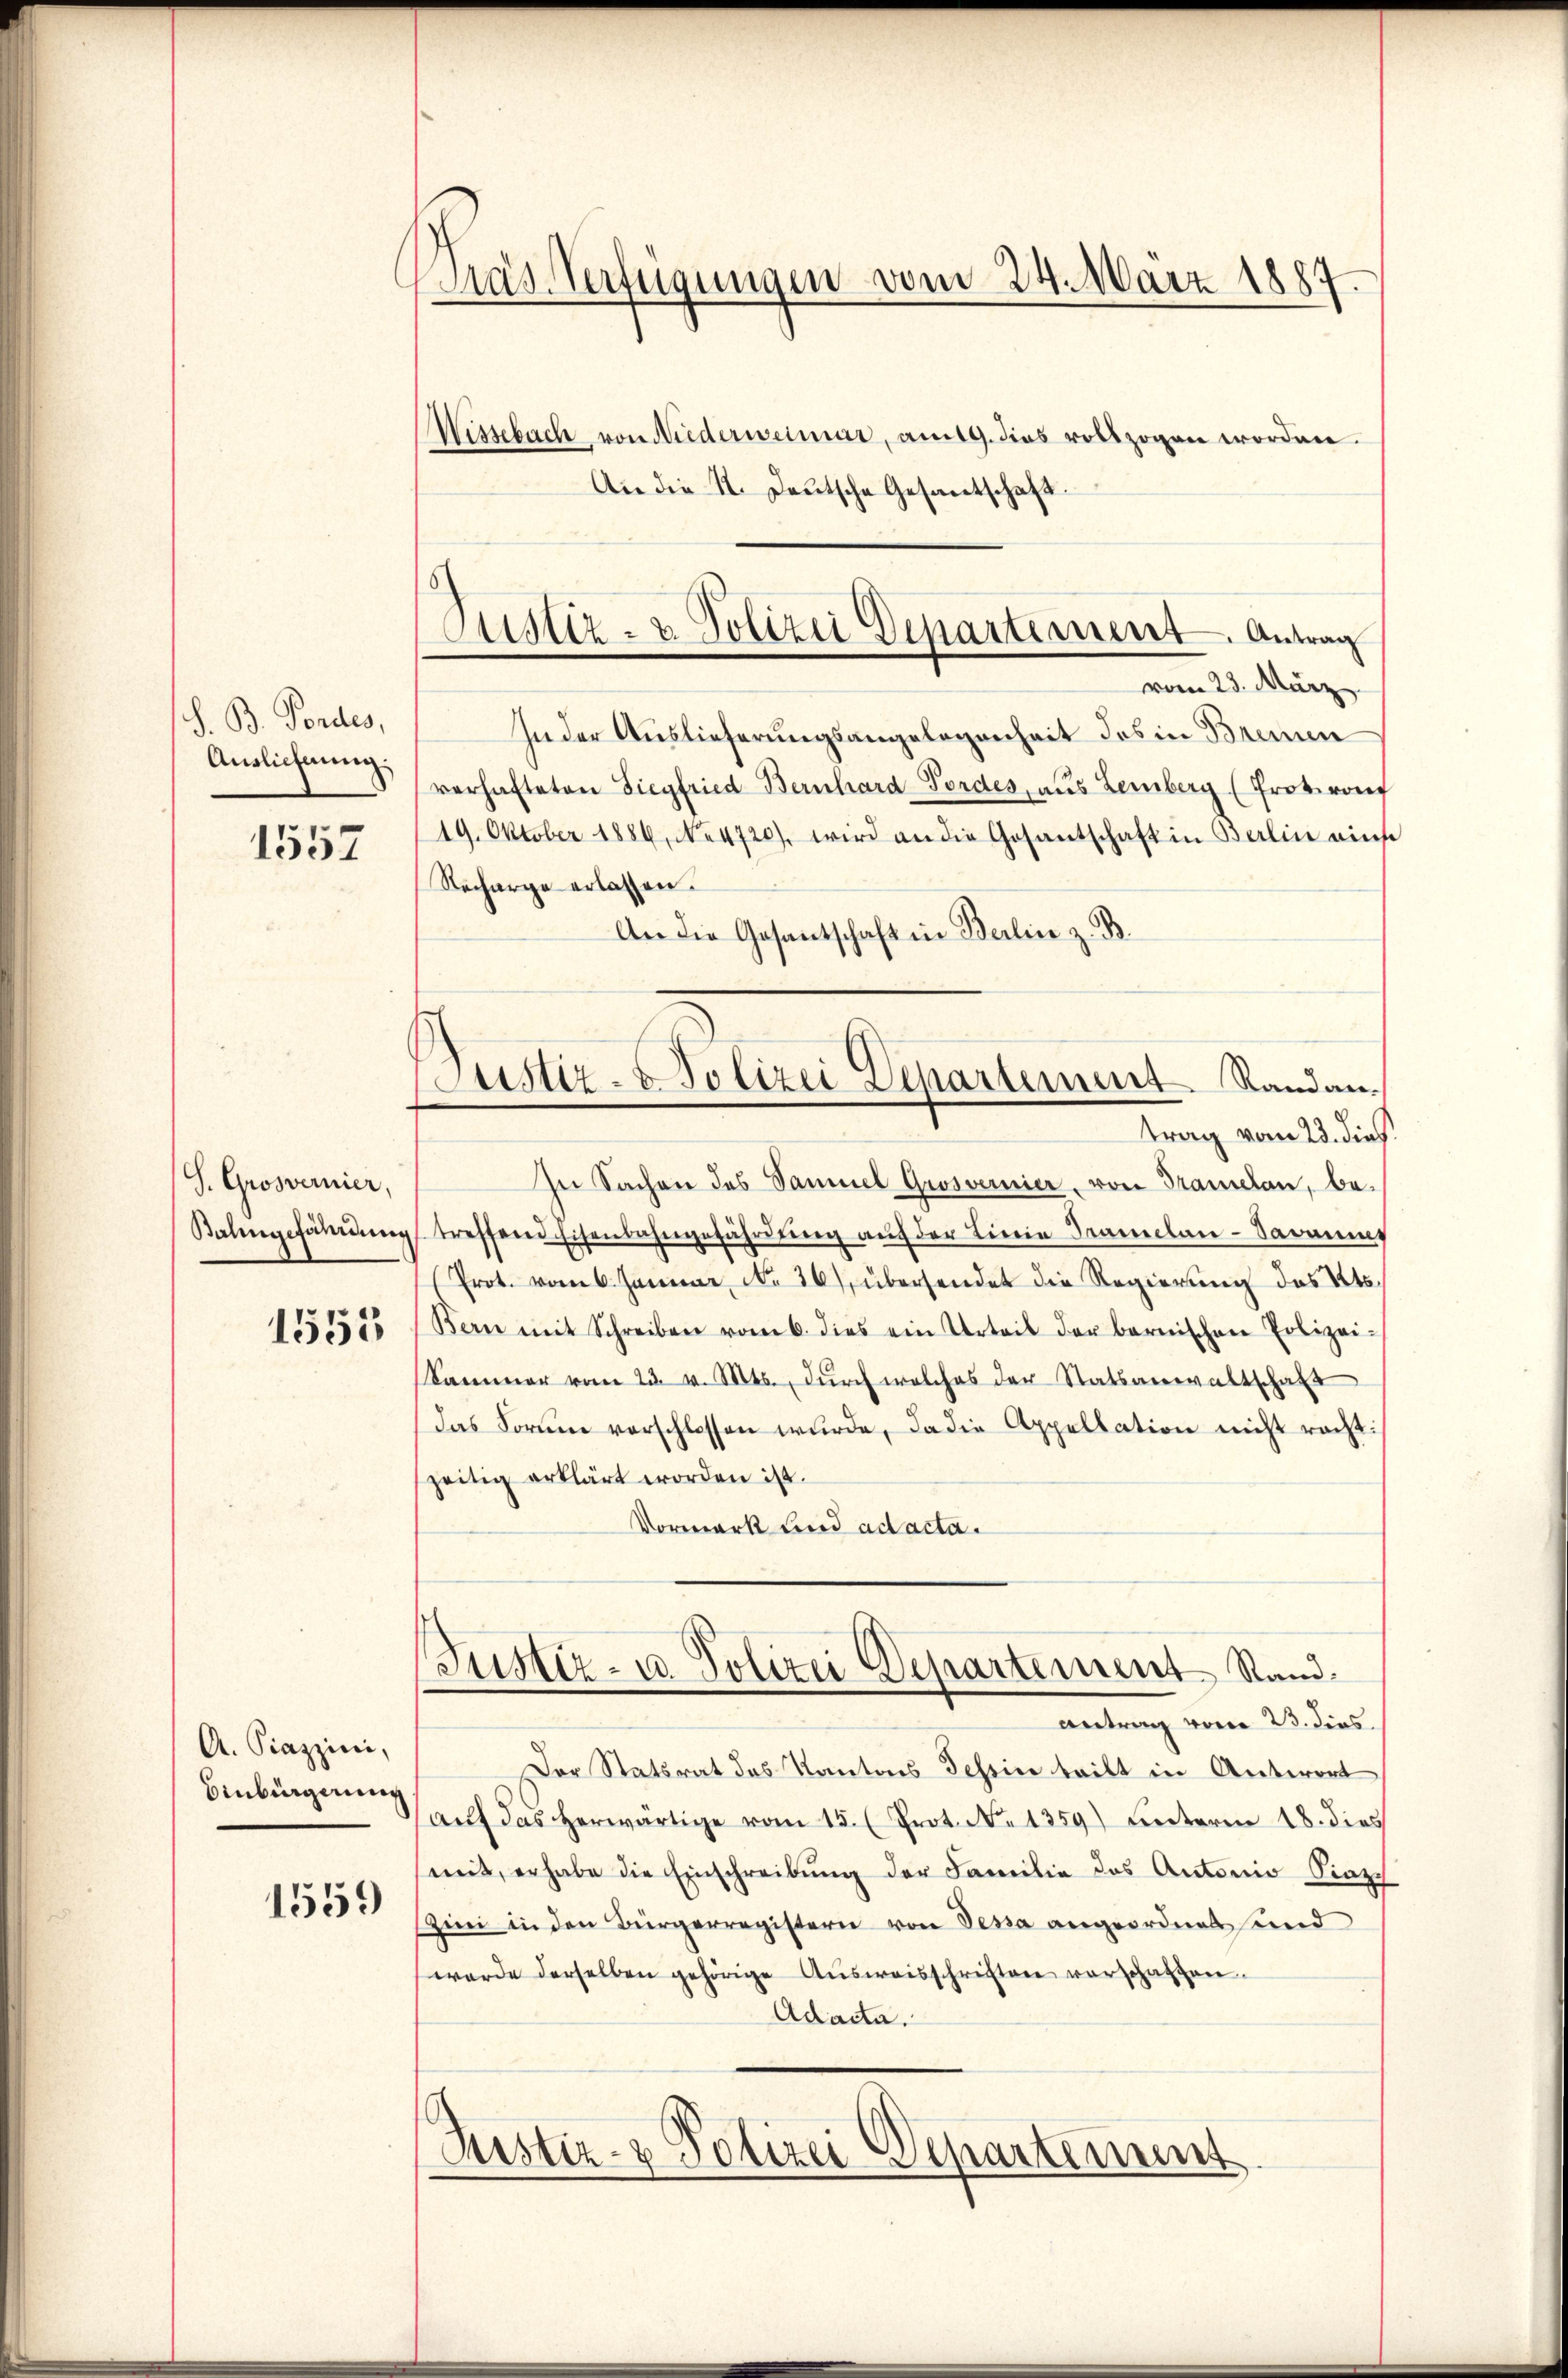
S. B. Fordes,
Auslichnung.

1557

s
S. Grosvernier,
Balingefährdung

1553

A. Piazzini,
Einbürgerung
1559

Kras Verfügungen vom 24. März 1887.
Wissebach von Niederweimar, am 19. dies vollzogen worden.
An die 1. Deutsche Gesantschaft.

Justiz- & Polizei Departement Antrag

Justiz- & Polizei Departement Randan
trag vom 23. dies

vom 23. März
In der Auslieferungsangelegenheit des in Bremen
verhafteten Siegfried Bernhard-Fordes, aus Lemberg (Protranf
19. Oktober 1886, No 4720), wird an die Gesantschaft in Berlin ains
Recharge erlassen.
An die Gesantschaft in Berlin z. B.
In Sachen des Samuel Grosvernier, von Translan, be-
treffend Eisenbahngefährdung auf der Linie Tramelan-Savannes
Prot. vom 6. Januar No. 26) übersendet die Regierung des Kts.
Bern mit Schreiben vom 6. dies ein Urteil der bernischen Polizei-
Sammer vom 23. v. Mts. dŭrch welches der Statsanwaltschaft
das Form verschlossen wurde, da die Appellation nicht racht:
zeitig erklärt worden ist.
Vormark und ad acta.
Justiz- u. Polizei Departement Rand.
antrag vom 23. dies
Der Statsrat des Kantons Schein teilt in Antwort
aŭf das herwärtige vom 15. (Prot. N. 1359) unterm 18. dies
mit, erhabe die Einschreibung der Familie das Antonio Piazz
Zini in den Bürgerregistern von Dessa angeordnet und
werde derselben gehörige Aŭsweisschriften verschaften.
Adacta.
Rustiz- & Polizei Departement